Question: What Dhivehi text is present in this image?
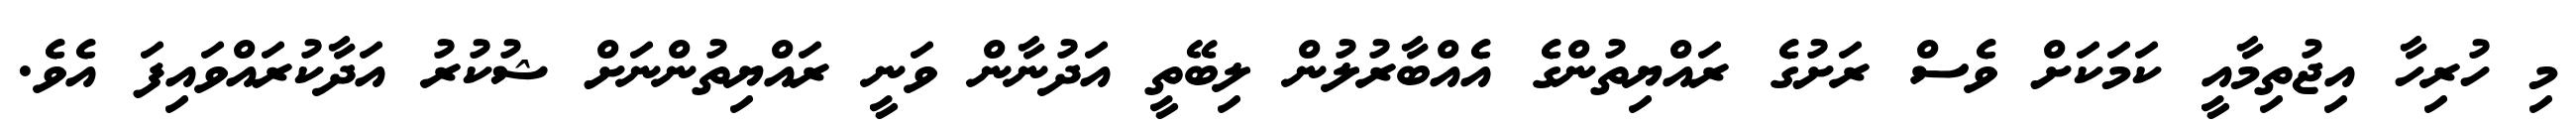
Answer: މި ހުރިހާ އިޖުތިމާއީ ކަމަކަށް ވެސް ރަށުގެ ރައްޔިތުންގެ އެއްބާރުލުން ލިބޭތީ އަދުނާން ވަނީ ރައްޔިތުންނަށް ޝުކުރު އަދާކުރައްވައިފަ އެވެ.